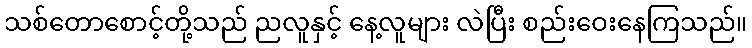
သစ်တောစောင့်တို့သည် ညလူနှင့် နေ့လူများ လဲပြီး စည်းဝေးနေကြသည်။